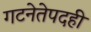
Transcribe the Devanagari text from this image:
गटनेतेपदही